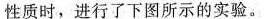
性质时，进行了下图所示的实验。